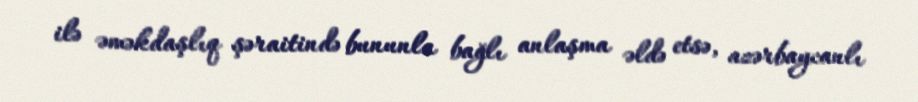
ilə əməkdaşlıq şəraitində bununla bağlı anlaşma əldə etsə, azərbaycanlı